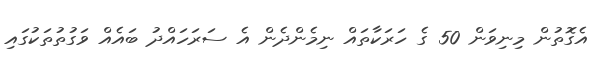
އެގޮތުން މިނިވަން 50 ގެ ހަރަކާތައް ނިމެންދެން އެ ސަރަހައްދު ބައެއް ވަގުތުތަކުގައި